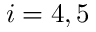
i = 4 , 5